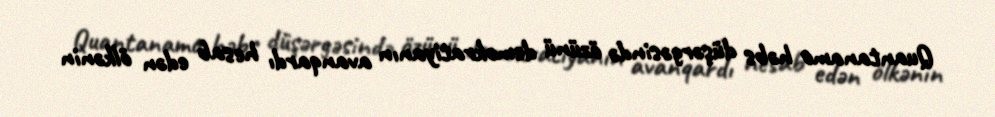
Quantanamo həbs düşərgəsində özünü demokratiyanın avanqardı hesab edən ölkənin